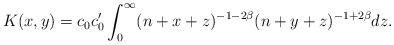
LaTeX: \begin{align*}K(x,y)=c_{0}c_{0}' \int_{0}^{\infty}(n+x+z)^{-1-2\beta}(n+y+z)^{-1+2\beta}dz.\end{align*}